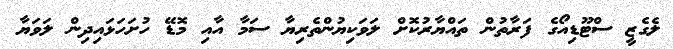
ލެގެޒީ ސްޓޫޑިއޯގެ ފަރާތުން ތައްޔާރުކޮށް ލަވަކިޔުންތެރިޔާ ސަމާ އާއި މޮޑޭ ހުށަހަޅައިދިން ލަވަޔާ